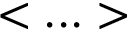
< . . . >